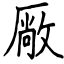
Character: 厰